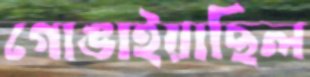
গোঙাইয়াছিল